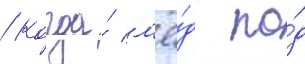
/ когда́ л'ё́д по́д